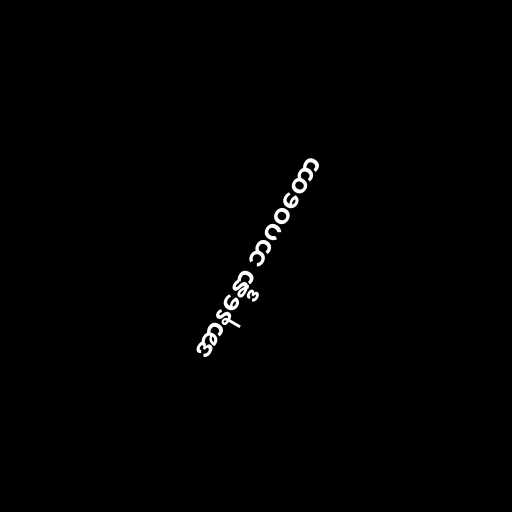
အာနန္ဒော ဘဂဝတော